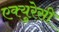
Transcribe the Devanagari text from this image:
एक्युरेसी